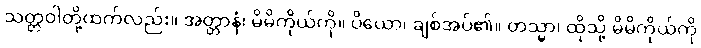
သတ္တဝါတို့ထက်လည်း။ အတ္တာနံ၊ မိမိကိုယ်ကို။ ပိယော၊ ချစ်အပ်၏။ တသ္မာ၊ ထိုသို့ မိမိကိုယ်ကို